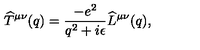
\widehat T ^ { \mu \nu } ( q ) = { \frac { - e ^ { 2 } } { q ^ { 2 } + i \epsilon } } \widehat L ^ { \mu \nu } ( q ) ,